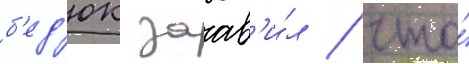
б'ед'юк заав'и́л / что́